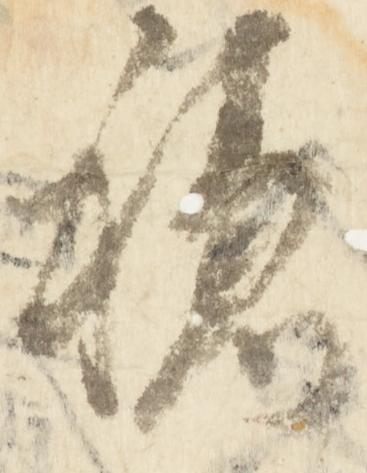
穏